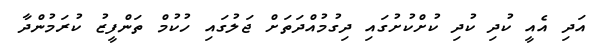
އަދި އެއީ ކުދި ކުދި ކުށްކުށުގައި ދިިގުމުއްދަތަށް ޖަލުގައި ހުކުމް ތަންފީޒު ކުރަމުންދާ